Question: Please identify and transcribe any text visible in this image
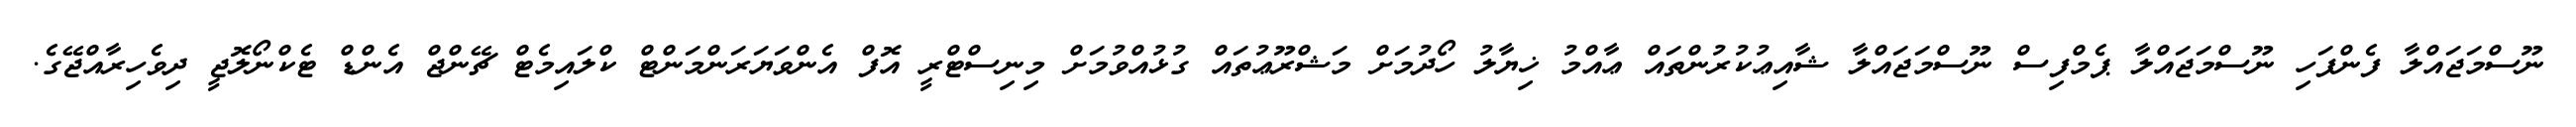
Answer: ނޫސްމަޖައްލާ ފެންފަހި ނޫސްމަޖައްލާ ޕެމްފިސް ނޫސްމަޖައްލާ ޝާއިޢުކުރުންތައް ޢާއްމު ޚިޔާލު ހޯދުމަށް މަޝްރޫޢުތައް ގުޅުއްވުމަށް މިނިސްޓްރީ އޮފް އެންވަޔަރަންމަންޓް ކްލައިމެޓް ޗޭންޖް އެންޑް ޓެކްނޯލޮޖީ ދިވެހިރާއްޖޭގެ.